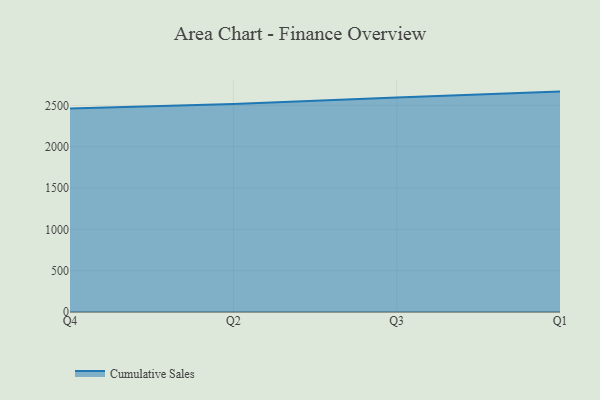
{"axis": {"x": "Quarter", "y": "Satisfaction Score"}, "legend": ["Cumulative Sales"], "data": [{"x": "Q4", "y": 2463.8, "type": "Cumulative Sales"}, {"x": "Q2", "y": 2517.6, "type": "Cumulative Sales"}, {"x": "Q3", "y": 2595.5, "type": "Cumulative Sales"}, {"x": "Q1", "y": 2666.9, "type": "Cumulative Sales"}]}